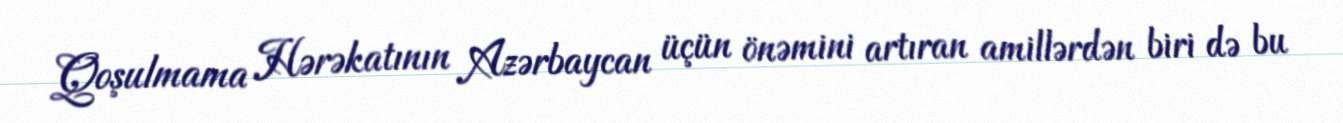
Qoşulmama Hərəkatının Azərbaycan üçün önəmini artıran amillərdən biri də bu